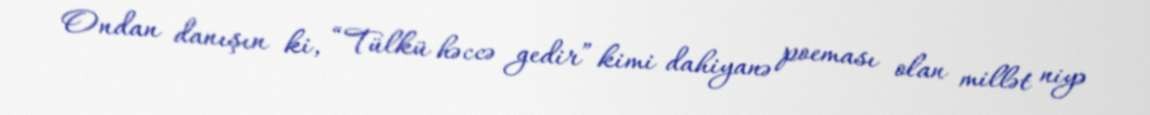
Ondan danışın ki, “Tülkü həccə gedir” kimi dahiyanə poeması olan millət niyə